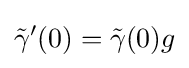
{\tilde {\gamma }}'(0)={\tilde {\gamma }}(0)g